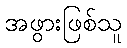
အဖွားဖြစ်သူ